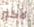
لأكبر